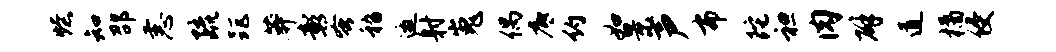
燎知邵恚疏距莽彰蚤嵇邀射嵬偶底约如景声布陀袒肉辟道橘侵